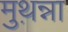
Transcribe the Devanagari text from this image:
मुथ़न्ना